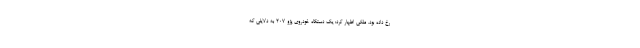
رخ داده بود. ملکی اظهار کرد: یک دستگاه خودروی پژو ٢٠٧ به دلایلی که